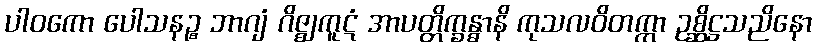
ပါဝကော ပေါသနဉ္စ ဘာဂျံ ဂိဇ္ဈကူဋံ အာပတ္တိက္ခန္ဓာနိ ကုသလဝိတက္ကာ ဥစ္ဆိဋ္ဌသညိနော